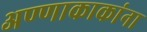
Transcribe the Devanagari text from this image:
अण्णाकाकांना